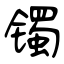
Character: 镯